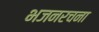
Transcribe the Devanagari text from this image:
भजनरचना